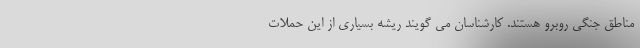
مناطق جنگی روبرو هستند. کارشناسان می گویند ریشه بسیاری از این حملات